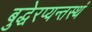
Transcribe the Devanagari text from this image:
बुद्धेरप्यन्तस्थं